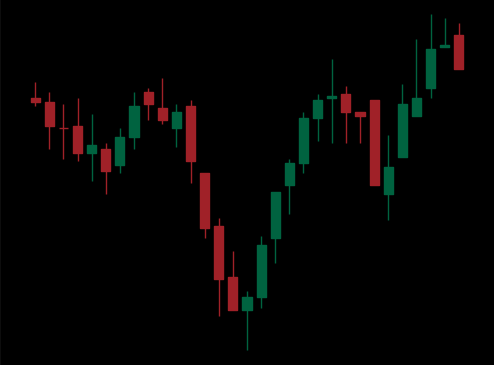
Pattern: inverse_head_shoulders